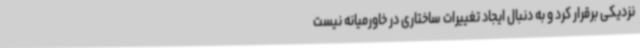
نزدیکی برقرار کرد و به دنبال ایجاد تغییرات ساختاری در خاورمیانه نیست